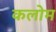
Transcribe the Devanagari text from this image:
कलोम